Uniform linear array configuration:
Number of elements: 8
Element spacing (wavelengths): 0.25
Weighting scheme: hamming
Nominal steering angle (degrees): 15
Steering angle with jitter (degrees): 14.258
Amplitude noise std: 0.05
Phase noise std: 0.05

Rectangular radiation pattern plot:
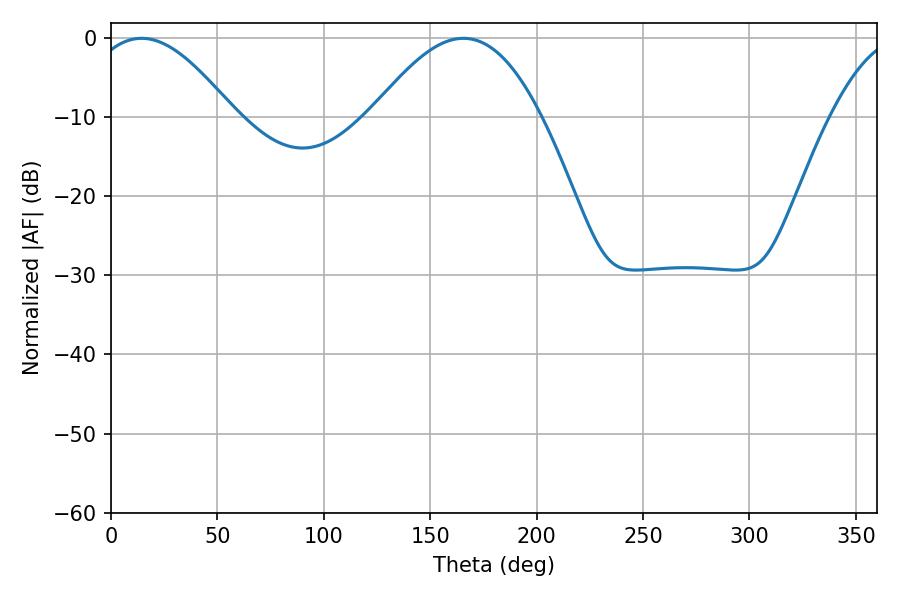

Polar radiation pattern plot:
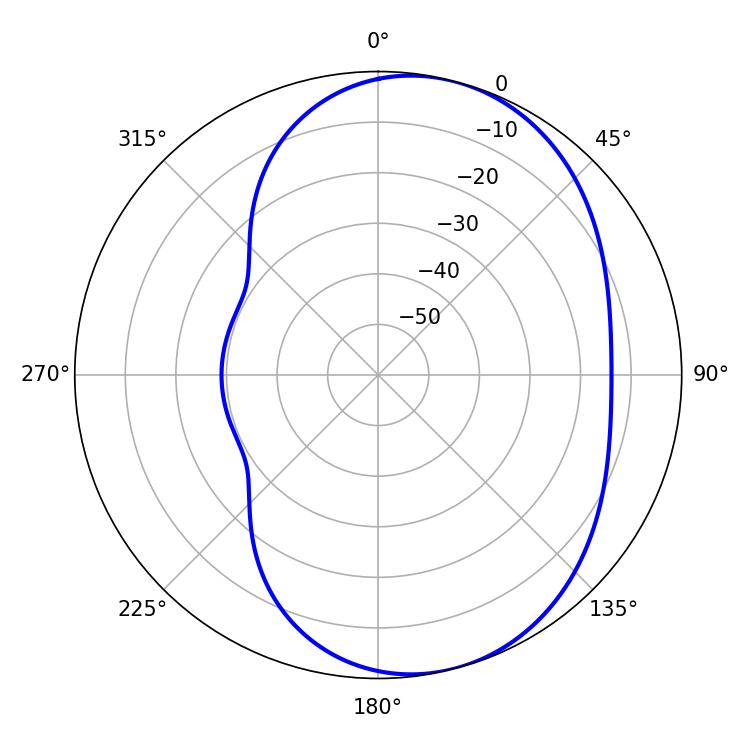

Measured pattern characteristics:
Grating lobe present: FALSE
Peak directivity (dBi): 6.151
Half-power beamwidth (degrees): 37.08
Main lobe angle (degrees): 14.4